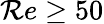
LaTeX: \mathcal{R}e\geq50